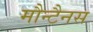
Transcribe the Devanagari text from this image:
मौन्टैनस